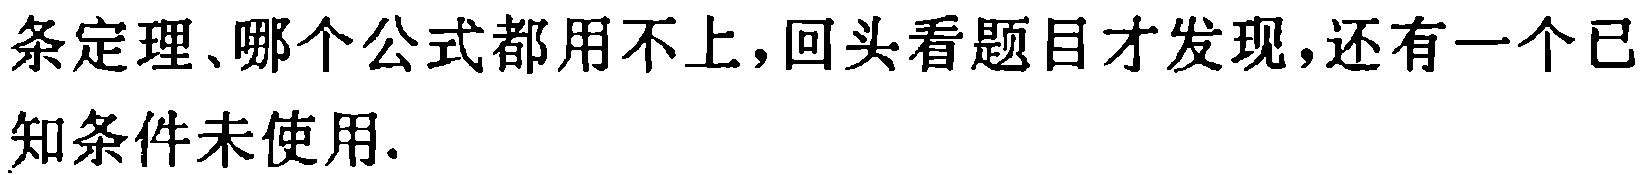
条定理、哪个公式都用不上,回头看题目才发现,还有一个已\\知条件未使用.